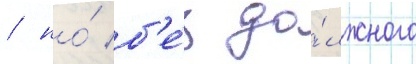
/ но́ б'е́з до́лжного